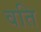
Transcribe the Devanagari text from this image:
वति